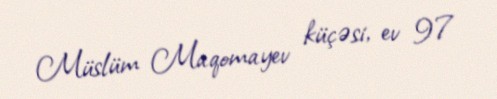
Müslüm Maqomayev küçəsi, ev 97